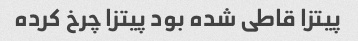
پیتزا قاطی شده بود پیتزا چرخ کرده